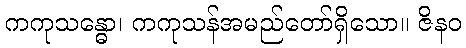
ကကုသန္ဓော၊ ကကုသန်အမည်တော်ရှိသော။ ဇိနဝ